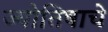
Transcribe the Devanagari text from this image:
ज्योतिषाचे